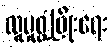
လူမှုဖွံ့ဖြိုးရေး